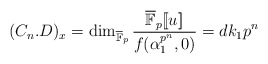
\begin{align*}(C_n.D)_x = \dim_{\overline{\mathbb F}_p}\frac{\overline{\mathbb F}_p[\![u]\!]}{f(\alpha_1^{p^n},0)} = d k_1p^n\end{align*}